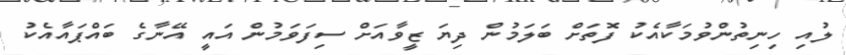
ލުއި ހިނިތުންވުމަކާއެކު ފޮތަށް ބަލަމުން ދިޔަ ޒީވާއަށް ސިފަވަމުން އައީ އޭނާގެ ބައްޕައާއެކު